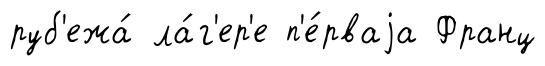
руб'ежа́ ла́г'ер'е п'е́рваjа Франц